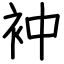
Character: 衶